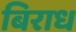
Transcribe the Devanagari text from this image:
बिराध